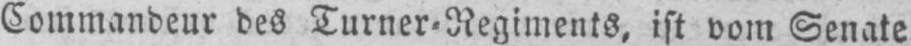
Commandeur des Turner⸗Regiments, ist vom Senate